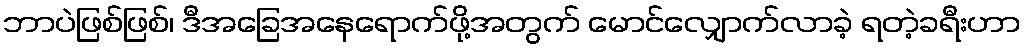
ဘာပဲဖြစ်ဖြစ်၊ ဒီအခြေအနေရောက်ဖို့အတွက် မောင်လျှောက်လာခဲ့ ရတဲ့ခရီးဟာ